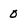
Character: O